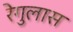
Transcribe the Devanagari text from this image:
रेगुलास